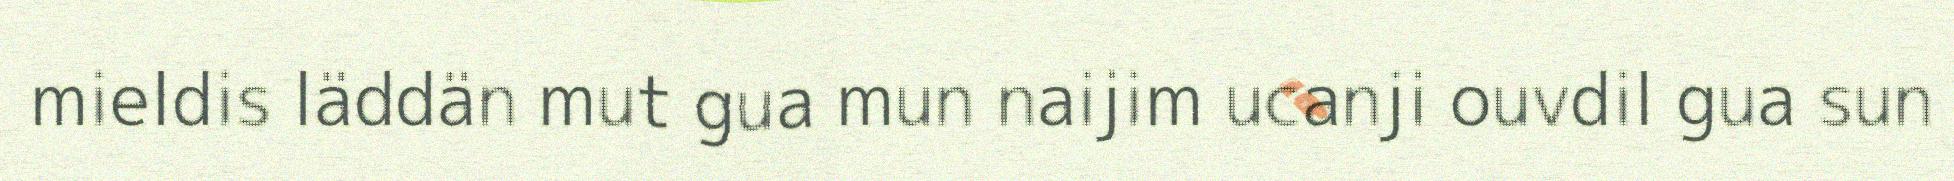
mieldis läddän mut gua mun naijim ucanji ouvdil gua sun